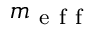
m _ { \mathrm { ~ e ~ f ~ f ~ } }